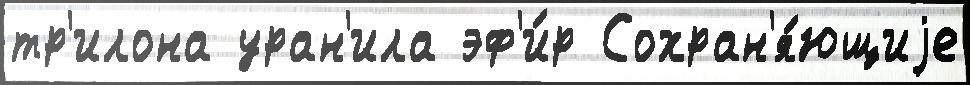
тр'илона уран'ила эф'и́р Сохран'я́ющиjе